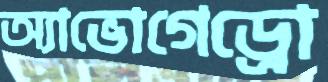
অ্যাভোগেড্রো